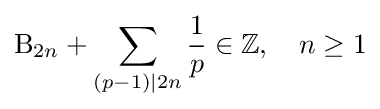
\mathrm {B} _{2n}+\sum _{(p-1)|2n}{\frac {1}{p}}\in \mathbb {Z} ,\quad n\geq 1